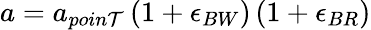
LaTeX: a=a_{poin\mathcal{T}}\left(1+\epsilon_{BW}\right)\left(1+\epsilon_{BR}\right)